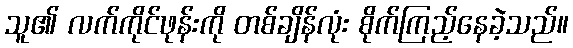
သူ၏ လက်ကိုင်ဖုန်းကို တစ်ချိန်လုံး စိုက်ကြည့်နေခဲ့သည်။